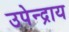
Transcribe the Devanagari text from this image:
उपेन्द्राय